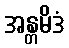
အန္တမိဒံ